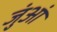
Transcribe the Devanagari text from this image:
जुंआं